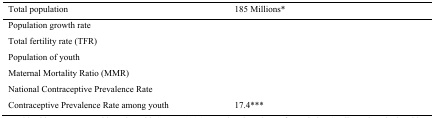
<table><thead><tr><td><b>Total population</b></td><td><b>185 Millions*</b></td></tr></thead><tbody><tr><td>Population growth rate</td><td>[EMPTY_CELL]</td></tr><tr><td>Total fertility rate (TFR)</td><td>[EMPTY_CELL]</td></tr><tr><td>Population of youth</td><td>[EMPTY_CELL]</td></tr><tr><td>Maternal Mortality Ratio (MMR)</td><td>[EMPTY_CELL]</td></tr><tr><td>National Contraceptive Prevalence Rate</td><td>[EMPTY_CELL]</td></tr><tr><td>Contraceptive Prevalence Rate among youth</td><td>17.4***</td></tr></tbody></table>